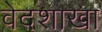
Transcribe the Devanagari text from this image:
वेदशाखा